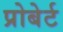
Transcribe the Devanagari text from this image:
प्रोबेर्ट